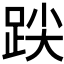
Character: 𮷒